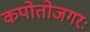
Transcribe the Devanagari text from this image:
कपोतोजगरः